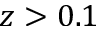
z > 0 . 1